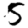
Digit: 5